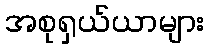
အစုရှယ်ယာများ